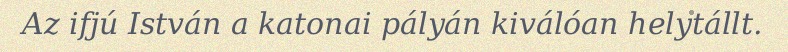
Az ifjú István a katonai pályán kiválóan helytállt.